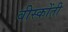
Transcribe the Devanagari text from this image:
वीस्कोंती